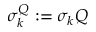
\sigma _ { k } ^ { Q } : = \sigma _ { k } Q